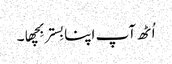
اُٹھ آپ اپنا بِستر بِچھا۔